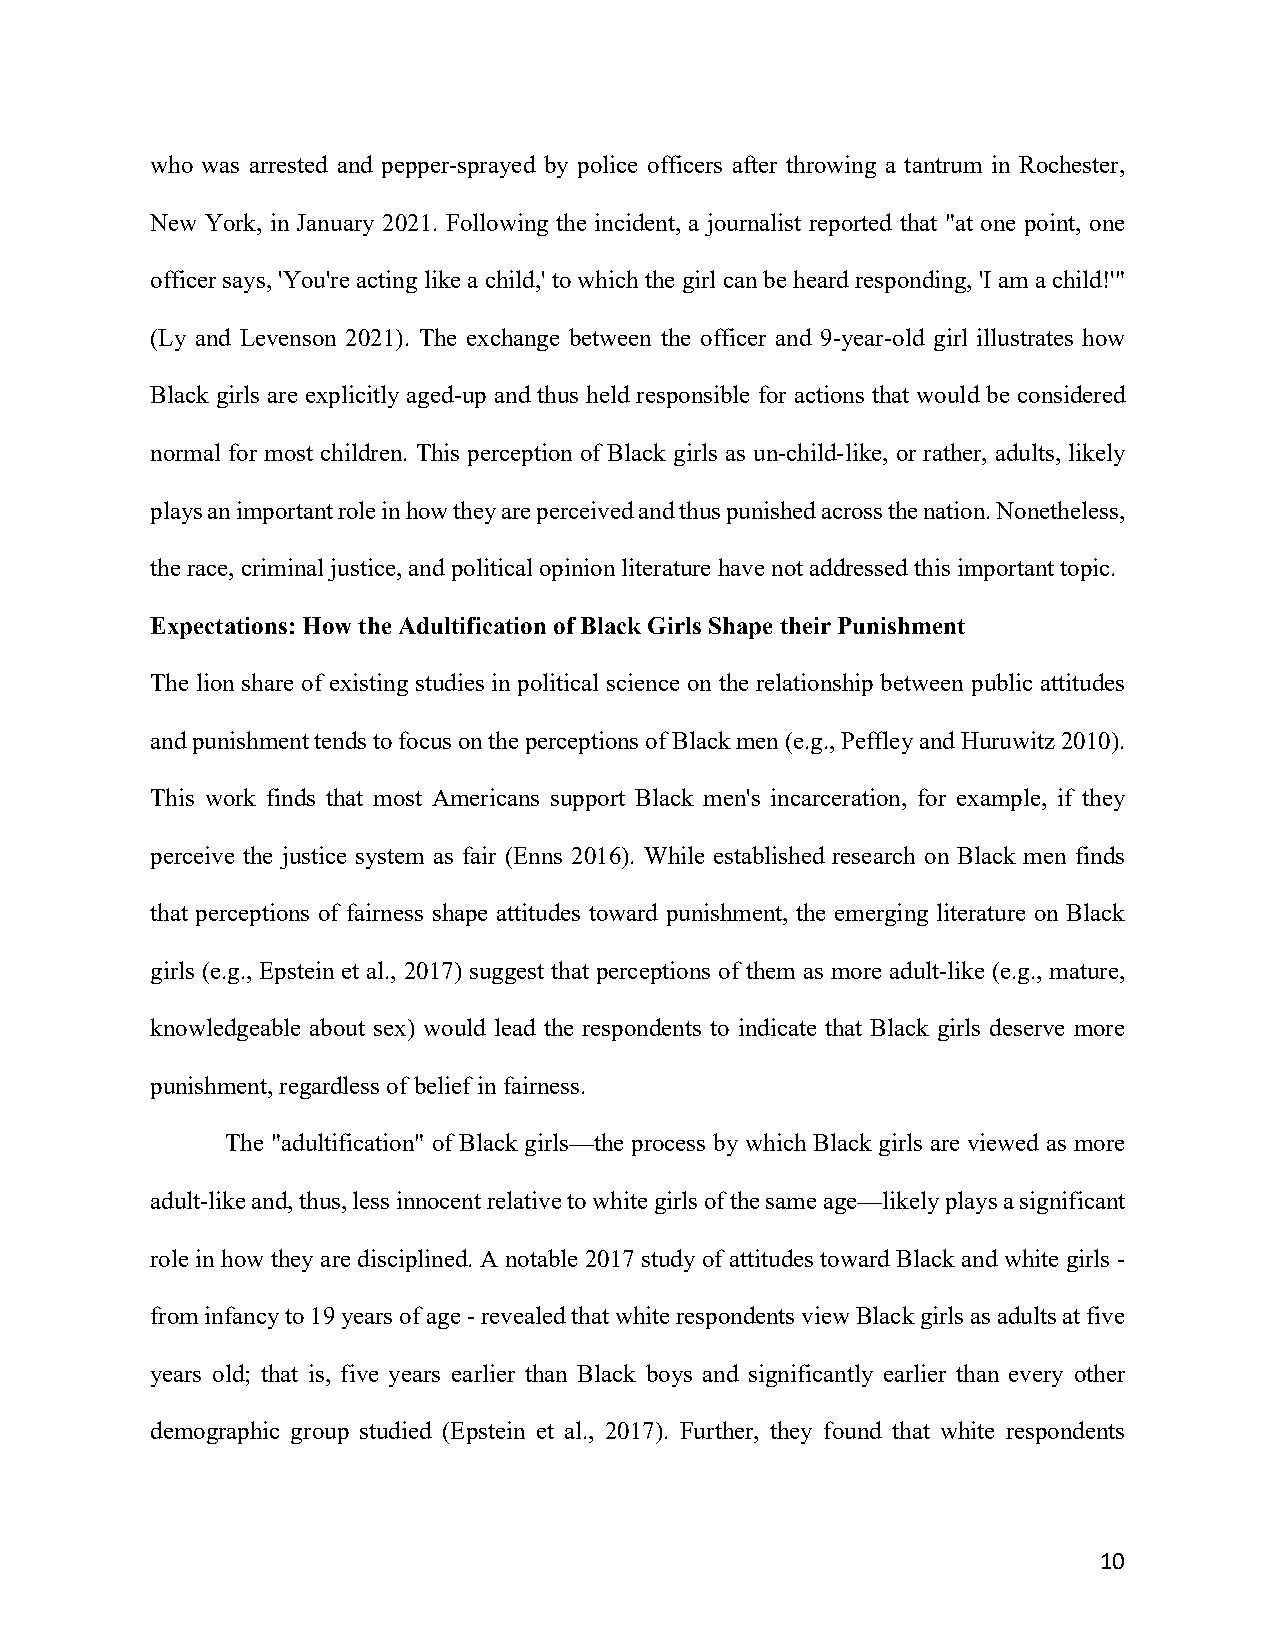
who was arrested and pepper-sprayed by police officers after throwing a tantrum in Rochester,
 New York, in January 2021. Following the incident, a journalist reported that "at one point, one
 officer says, 'You're acting like a child,' to which the girl can be heard responding, 'I am a child!'"
 (Ly and Levenson 2021). The exchange between the officer and 9-year-old girl illustrates how
 Black girls are explicitly aged-up and thus held responsible for actions that would be considered
 normal for most children. This perception of Black girls as un-child-like, or rather, adults, likely
 plays an important role in how they are perceived and thus punished across the nation. Nonetheless,
 the race, criminal justice, and political opinion literature have not addressed this important topic.
 Expectations: How the Adultification of Black Girls Shape their Punishment
 The lion share of existing studies in political science on the relationship between public attitudes
 and punishment tends to focus on the perceptions of Black men (e.g., Peffley and Huruwitz 2010).
 This work finds that most Americans support Black men's incarceration, for example, if they
 perceive the justice system as fair (Enns 2016). While established research on Black men finds
 that perceptions of fairness shape attitudes toward punishment, the emerging literature on Black
 girls (e.g., Epstein et al., 2017) suggest that perceptions of them as more adult-like (e.g., mature,
 knowledgeable about sex) would lead the respondents to indicate that Black girls deserve more
 punishment, regardless of belief in fairness.
 The "adultification" of Black girls—the process by which Black girls are viewed as more
 adult-like and, thus, less innocent relative to white girls of the same age—likely plays a significant
 role in how they are disciplined. A notable 2017 study of attitudes toward Black and white girls -
 from infancy to 19 years of age - revealed that white respondents view Black girls as adults at five
 years old; that is, five years earlier than Black boys and significantly earlier than every other
 demographic group studied (Epstein et al., 2017). Further, they found that white respondents
 10